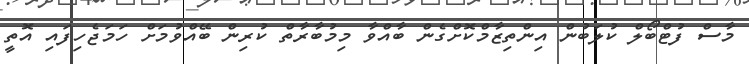
މާސް ފުޓްބޯލް ކުލަބުން އިންތިޒާމްކޮށްގެން ބާއްވާ މިމުބާރާތް ކުރިން ބޭއްވުމަށް ހަމަޖެހިފައި އޮތީ